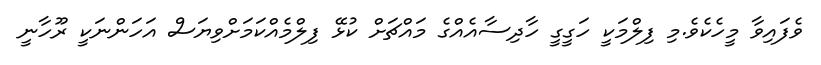
ވެފައިވާ މީހެކެވެ.މި ފިލްމަކީ ހަގީގީ ހާދިސާއެއްގެ މައްޗަށް ކުޅޭ ފިލްމެއްކަމަށްވިޔަސް އަހަންނަކީ ރޫހާނީ